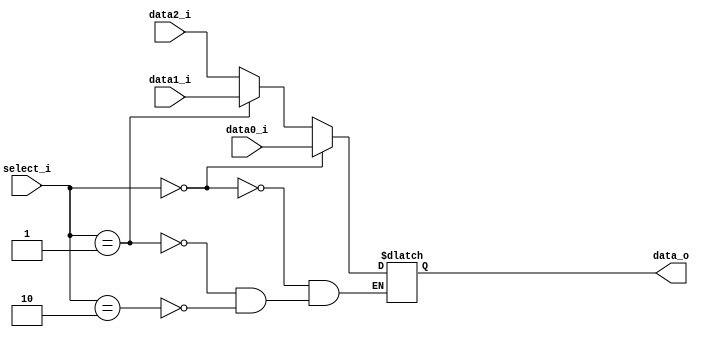
//0516094 0516077
//Subject:     CO project 2 - MUX 221
//--------------------------------------------------------------------------------
//Version:     1
//--------------------------------------------------------------------------------
//Writer:      Luke
//----------------------------------------------
//----------------------------------------------
//Description: 
//--------------------------------------------------------------------------------

module MUX_3to1(
	data0_i,
	data1_i,
	data2_i,	
	select_i,
	data_o
);

parameter size = 0;			   
			
//I/O ports               
input   [size-1:0] data0_i;          
input   [size-1:0] data1_i;
input   [size-1:0] data2_i;
input   [1:0]    select_i;
output  [size-1:0] data_o;

reg [size-1:0] data_o; 

//Internal Signals
//reg     [size-1:0] data_o;

//Main function
always@(*) begin
	if(select_i == 2'b00)
		data_o <= data0_i;
	else if(select_i == 2'b01)
		data_o <= data1_i;
	else if(select_i == 2'b10)
		data_o <= data2_i;
end 
endmodule